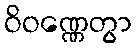
ဝိဝဏ္ဏေတွာ